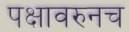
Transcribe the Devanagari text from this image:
पक्षावरुनच